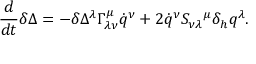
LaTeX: \frac { d } { d t } \delta \Delta = - \delta \Delta ^ { \lambda } \Gamma _ { \lambda \nu } ^ { \mu } \dot { q } ^ { \nu } + 2 \dot { q } ^ { \nu } S _ { \nu \lambda } { } ^ { \mu } \delta _ { h } q ^ { \lambda } .